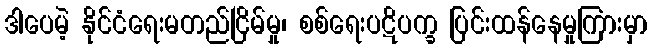
ဒါပေမဲ့ နိုင်ငံရေးမတည်ငြိမ်မှု၊ စစ်ရေးပဋိပက္ခ ပြင်းထန်နေမှုကြားမှာ